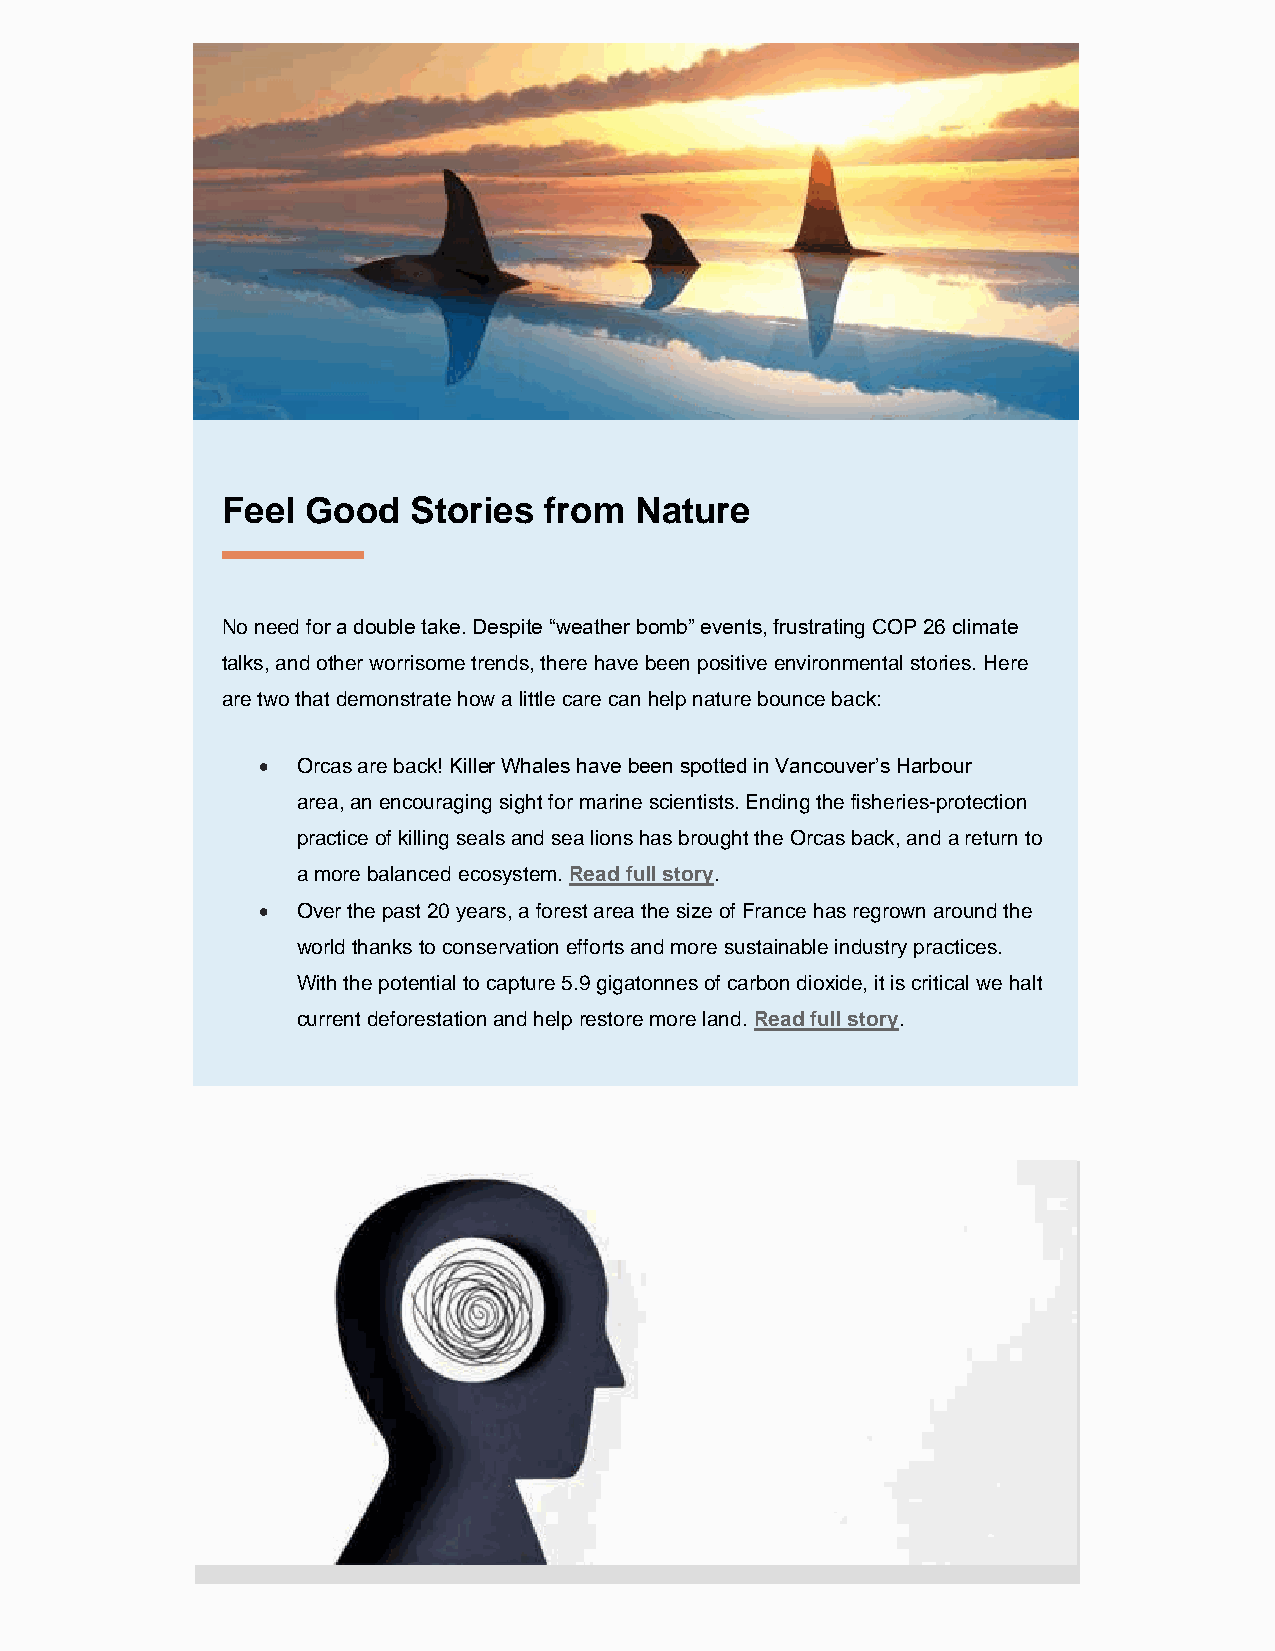
Feel Good   Stories  from  Nature
 --------------------------------------------------------------------
 No need for a double take. Despite “weather bomb” events, frustrating COP 26 climate
 talks, and other worrisome trends, there have been positive environmental stories. Here
 are two that demonstrate how a little care can help nature bounce back:
 •  Orcas are back! Killer Whales have been spotted in Vancouver’s Harbour
 area, an encouraging sight for marine scientists. Ending the fisheries-protection
 practice of killing seals and sea lions has brought the Orcas back, and a return to
 a more balanced ecosystem. Read full story.
 •  Over the past 20 years, a forest area the size of France has regrown around the
 world thanks to conservation efforts and more sustainable industry practices.
 With the potential to capture 5.9 gigatonnes of carbon dioxide, it is critical we halt
 current deforestation and help restore more land. Read full story.